Vaccination in Burma 1889-1999 - 1889-1999
Year: 1889
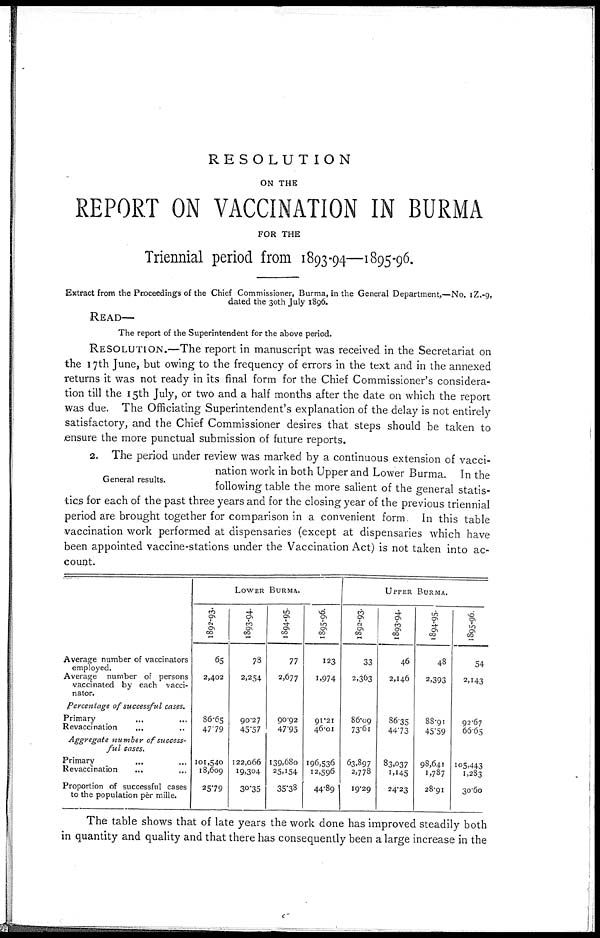
RESOLUTION
ON THE
REPORT ON VACCINATION IN BURMA
FOR THE
Triennial period from 1893-94—1895-96.
Extract from the Proceedings of the Chief Commissioner, Burma, in the General Department,—No. IZ.-9,
dated the 30th July 1896.
READ—
The report of the Superintendent for the above period.
RESOLUTION.—The report in manuscript was received in the Secretariat on
the 17th June, but owing to the frequency of errors in the text and in the annexed
returns it was not ready in its final form for the Chief Commissioner's considera-
tion till the 15th July, or two and a half months after the date on which the report
was due. The Officiating Superintendent's explanation of the delay is not entirely
satisfactory, and the Chief Commissioner desires that steps should be taken to
ensure the more punctual submission of future reports.
General results.
2. The period under review was marked by a continuous extension of vacci-
nation work in both Upper and Lower Burma. In the
following table the more salient of the general statis-
tics for each of the past three years and for the closing year of the previous triennial
period are brought together for comparison in a convenient form. In this table
vaccination work performed at dispensaries (except at dispensaries which have
been appointed vaccine-stations under the Vaccination Act) is not taken into ac-
count.
Average number of vaccinators
employed.
Average number of persons
vaccinated by each vacci-
nator.
Percentage of successful cases.
Primary ... ...
Revaccination ... ...
Aggregate number of success-
ful cases.
Primary ... ...
Revaccination ... ...
Proportion of successful cases
to the population per mille.
LOWER BURMA.
1892-93.
65
2,402
86.65
47.79
101,540
18,609
25.79
1893-94.
78
2,254
90.27
45.57
122,066
19,304
30.35
1894-95.
77
2,677
90.92
47.95
139,680
25,154
35.38
1895-96.
123
1,974
91.21
46.01
196,536
12,596
44.89
UPPER BURMA.
1892-93.
33
2,363
86.09
73.61
63,897
2,778
19.29
1893-94.
46
2,146
86.35
44.73
83,037
1,145
24.23
1894-95.
48
2,393
88.91
45.59
98,641
1,787
28.91
1895-96.
54
2,143
92.67
66.65
105,443
1,283
30.60
The table shows that of late years the work done has improved steadily both
in quantity and quality and that there has consequently been a large increase in the